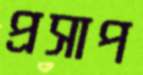
প্রসাপ